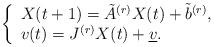
LaTeX: \begin{align*} \left\{ \begin{array}{ll} X(t+1) = \tilde{A}^{(r)}X(t)+\tilde{b}^{(r)},\\ v(t)= J^{(r)}X(t)+\underline{v}.\end{array} \right.\end{align*}